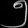
Digit: ၅